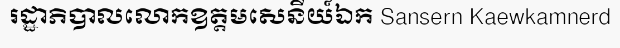
រដ្ឋាភិបាលលោកឧត្តមសេនីយ៍ឯក Sansern Kaewkamnerd